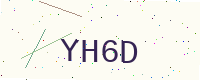
Text: YH6D